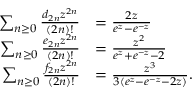
{ \begin{array} { r l } { \sum _ { n \geq 0 } { \frac { d _ { 2 n } z ^ { 2 n } } { ( 2 n ) ! } } } & { = { \frac { 2 z } { e ^ { z } - e ^ { - z } } } } \\ { \sum _ { n \geq 0 } { \frac { e _ { 2 n } z ^ { 2 n } } { ( 2 n ) ! } } } & { = { \frac { z ^ { 2 } } { e ^ { z } + e ^ { - z } - 2 } } } \\ { \sum _ { n \geq 0 } { \frac { f _ { 2 n } z ^ { 2 n } } { ( 2 n ) ! } } } & { = { \frac { z ^ { 3 } } { 3 ( e ^ { z } - e ^ { - z } - 2 z ) } } . } \end{array} }